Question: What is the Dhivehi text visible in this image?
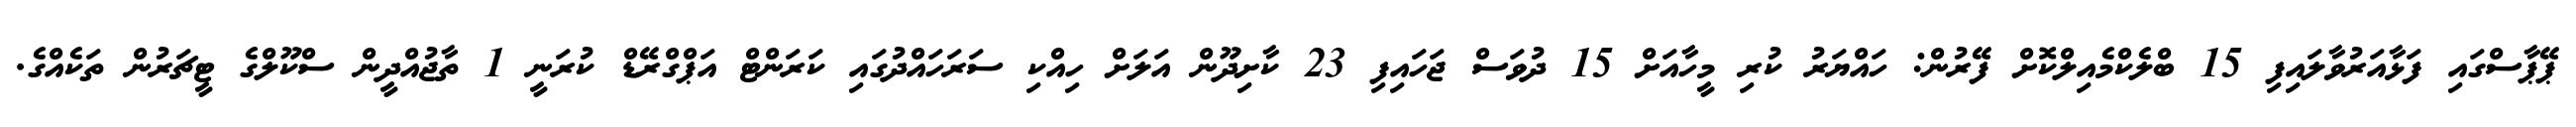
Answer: ޕޭޕާސްގައި ފަޅާއަރުވާލައިފި 15 ބްލެކްމެއިލްކޮށް ފޭރުން: ހައްޔަރު ކުރި މީހާއަށް 15 ދުވަސް ޖަހައިފި 23 ކާށިދޫން އަލަށް ހިއްކި ސަރަހައްދުގައި ކަރަންޓް އަޕްގްރޭޑް ކުރަނީ 1 ތާޖުއްދީން ސްކޫލްގެ ޓީޗަރުން ތަކެއްގެ.